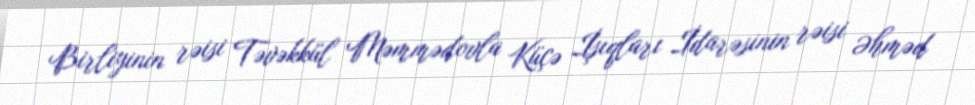
Birliyinin rəisi Təvəkkül Məmmədovla Küçə İşıqları İdarəsinin rəisi Əhməd